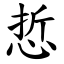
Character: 悊